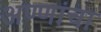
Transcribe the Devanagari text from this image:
अण्णांचा